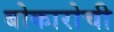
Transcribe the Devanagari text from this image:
बोकारोची